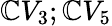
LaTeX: \mathbb{C}V_{3};\mathbb{C}V_{5}